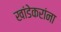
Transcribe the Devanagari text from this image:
खांडेकरांना